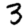
Digit: 3